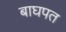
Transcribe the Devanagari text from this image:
बाघपत